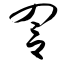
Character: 詈